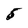
Character: 5